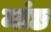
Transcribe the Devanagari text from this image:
मांछ